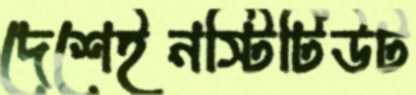
দেশেইনস্টিটিউট